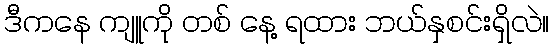
ဒီကနေ ကျူကို တစ် နေ့ ရထား ဘယ်နှစင်းရှိလဲ။